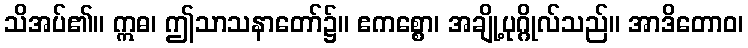
သိအပ်၏။ ဣဓ၊ ဤသာသနာတော်၌။ ဧကစ္စော၊ အချို့ပုဂ္ဂိုလ်သည်။ အာဒိတောဝ၊